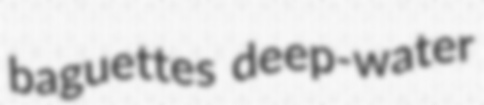
baguettes deep-water